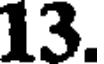
13.